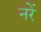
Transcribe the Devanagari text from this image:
नरें